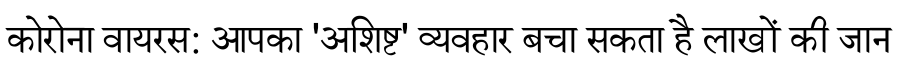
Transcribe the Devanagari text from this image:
कोरोना वायरस: आपका 'अशिष्ट' व्यवहार बचा सकता है लाखों की जान